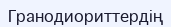
Гранодиориттердің